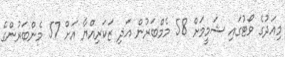
މިއަދުގެ ވޯޓުގައި ޝަމީމަށް 58 މެމްބަރުން އަދި ޒަކަރިއްޔާ އަށް 57 މެންބަރުންގެ